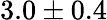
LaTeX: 3.0\pm 0.4